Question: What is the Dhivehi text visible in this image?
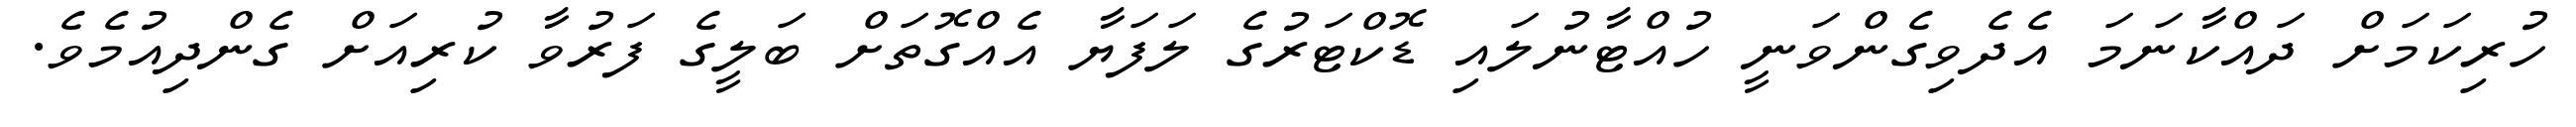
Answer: ހުރިކަމަށް ދައްކާނަމަ އެދެވިގެންވަނީ ހުއްޓާނުލައި ޑޮކްޓަރުގެ ލަފަޔާ އެއްގޮތަށް ބަލީގެ ފަރުވާ ކުރިއަށް ގެންދިއުމެވެ.